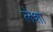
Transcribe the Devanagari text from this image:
लेशा